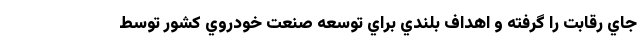
جاي رقابت را گرفته و اهداف بلندي براي توسعه صنعت خودروي كشور توسط